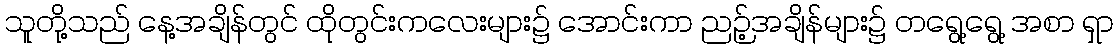
သူတို့သည် နေ့အချိန်တွင် ထိုတွင်းကလေးများ၌ အောင်းကာ ညဉ့်အချိန်များ၌ တရွေ့ရွေ့ အစာ ရှာ